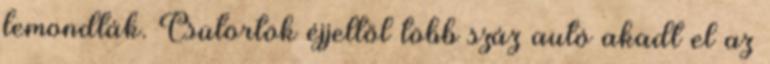
lemondták. Csütörtök éjjeltől több száz autó akadt el az